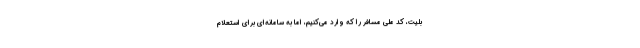
بلیت، کد ملی مسافر را که وارد می‌کنیم، اما به سامانه‌ای برای استعلام